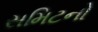
સમિટનો